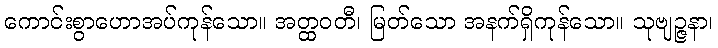
ကောင်းစွာဟောအပ်ကုန်သော။ အတ္ထဝတီ၊ မြတ်သော အနက်ရှိကုန်သော။ သုဗျဉ္ဇနာ၊